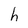
Character: h